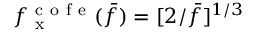
f _ { \mathrm { ~ x ~ } } ^ { \mathrm { ~ c ~ o ~ f ~ e ~ } } ( \bar { f } ) = [ 2 / \bar { f } ] ^ { 1 / 3 }